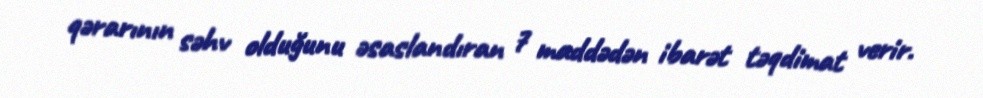
qərarının səhv olduğunu əsaslandıran 7 maddədən ibarət təqdimat verir.